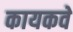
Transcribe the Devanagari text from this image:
कायकवे